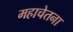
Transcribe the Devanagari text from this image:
महाचेतना